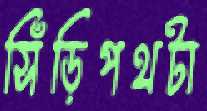
সিঁড়িপথটা